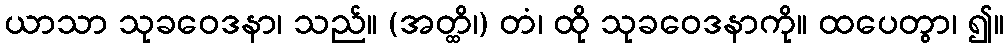
ယာသာ သုခဝေဒနာ၊ သည်။ (အတ္ထိ၊) တံ၊ ထို သုခဝေဒနာကို။ ထပေတွာ၊ ၍။